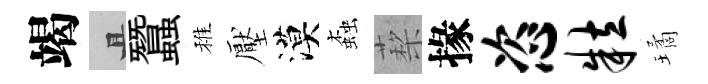
竭且蠶稚壓漠螙蔾掾恣粒璚